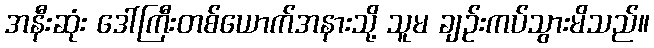
အနီးဆုံး ဒေါ်ကြီးတစ်ယောက်အနားသို့ သူမ ချဉ်းကပ်သွားမိသည်။